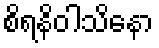
စိရနိဝါသိနော